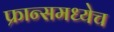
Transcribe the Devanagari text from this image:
फ्रान्समध्येच